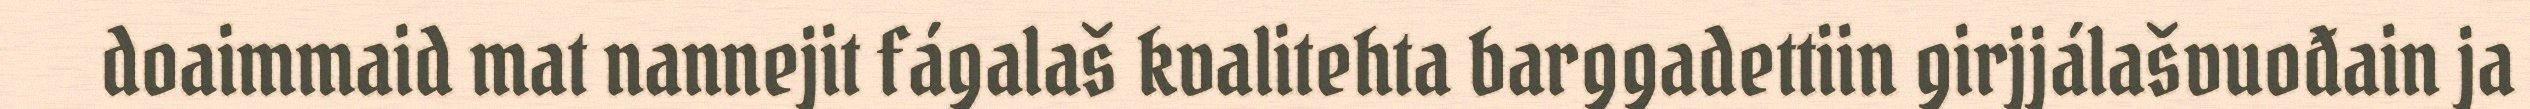
doaimmaid mat nannejit fágalaš kvalitehta barggadettiin girjjálašvuođain ja